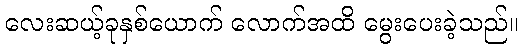
လေးဆယ့်ခုနှစ်ယောက် လောက်အထိ မွေးပေးခဲ့သည်။